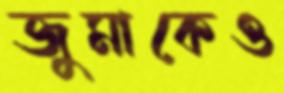
জুমাকেও